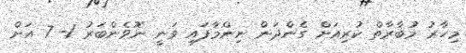
މިހާރު މުބާރާތް ކުރިއަށް ގެންދަން ނިންމާފައި ވަނީ ނޮވެންބަރު 1- 7 އަށް